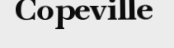
Copeville